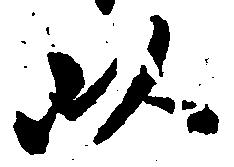
以